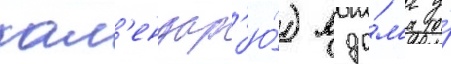
кал'ендар'ю́) в до́м'е у́